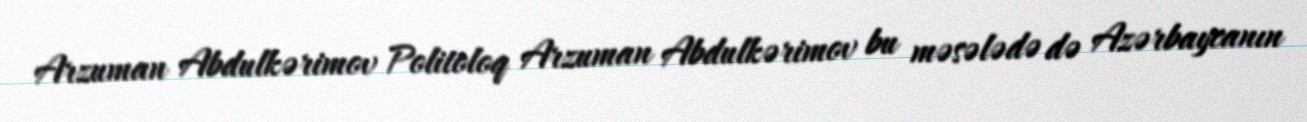
Arzuman Abdulkərimov Politoloq Arzuman Abdulkərimov bu məsələdə də Azərbaycanın